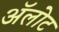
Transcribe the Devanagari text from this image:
अॅलोट